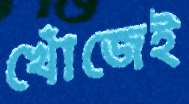
খোঁজেই